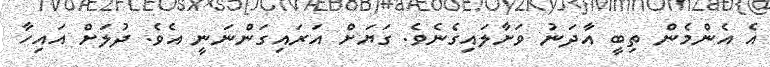
އެ އެންމެން ތިބީ އާދަނު ވަށާލައިގެނެވެ. ގަޔަށް އަރައިގަންނަނީ އެވެ. ދުލަށް އައިހާ